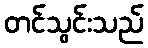
တင်သွင်းသည်